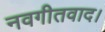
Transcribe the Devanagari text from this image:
नवगीतवाद।